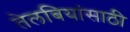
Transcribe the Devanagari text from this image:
तेलबियांसाठी